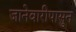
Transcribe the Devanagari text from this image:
जानेवारीपासुन